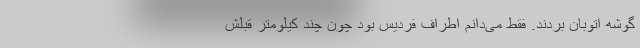
گوشه اتوبان بردند. فقط می‌دانم اطراف فردیس بود چون چند کیلومتر قبلش